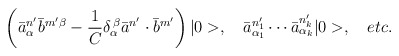
\begin{align*}\left( \bar{a}_{\alpha}^{n^{\prime}}\bar{b}^{m^{\prime}\beta}-\frac{1}{C}\delta_{\alpha}^{\,\beta}\bar{a}^{n^{\prime}}\cdot\bar{b}^{m^{\prime}}\right) |0>,\quad\bar{a}_{\alpha_{1}}^{n_{1}^{\prime}}\cdots\bar{a}_{\alpha_{k}}^{n_{k}^{\prime}}|0>,\quad etc.\end{align*}